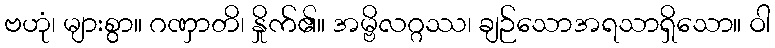
ဗဟုံ၊ များစွာ။ ဂဏှာတိ၊ နှိုက်၏။ အမ္ဗိလဂ္ဂဿ၊ ချဉ်သောအရသာရှိသော။ ဝါ